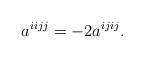
LaTeX: \begin{align*}a^{iijj}=-2a^{ijij}.\end{align*}